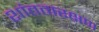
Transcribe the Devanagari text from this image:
शांततारक्षण